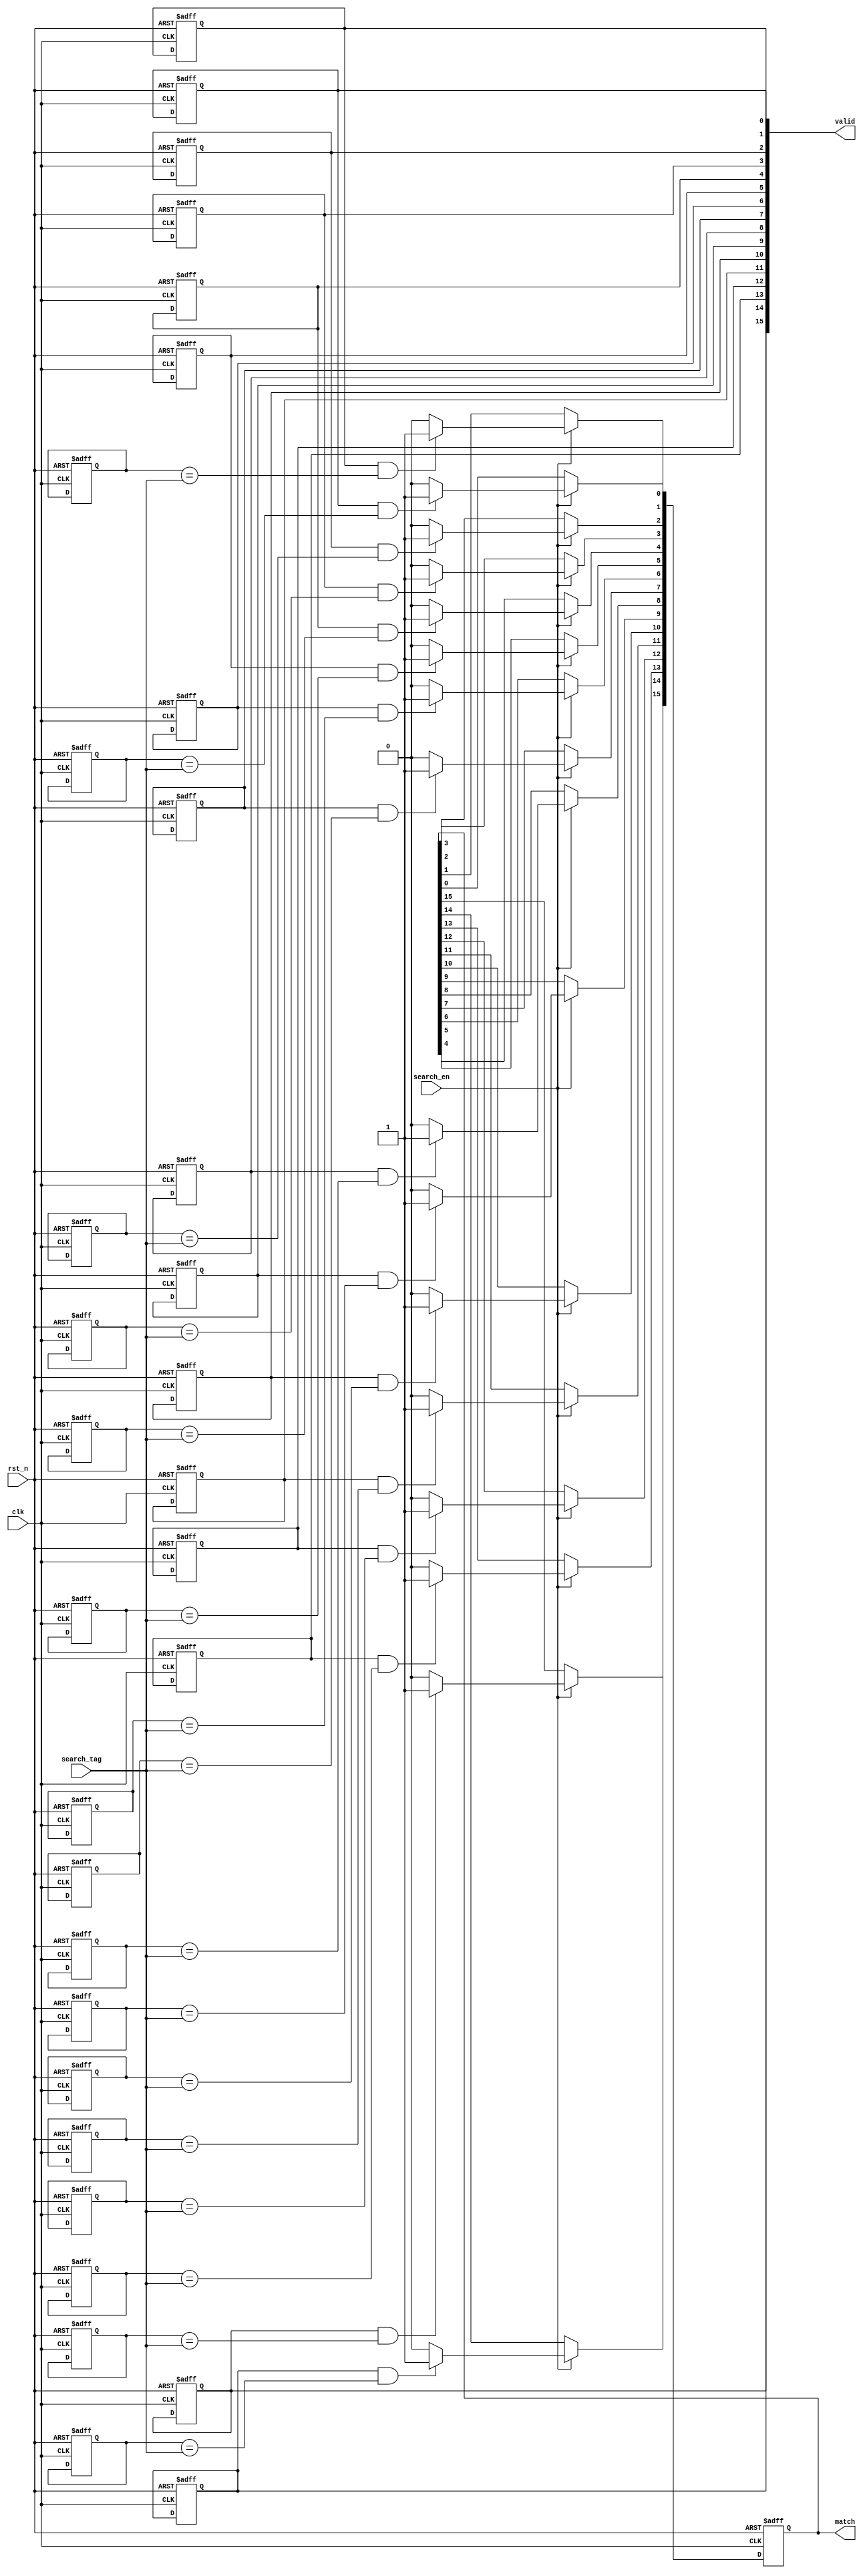
module EnergyEfficientCAM #(
    parameter ENTRY_WIDTH = 32,   // Width of each entry (tag)
    parameter NUM_ENTRIES = 16     // Number of entries in the CAM
) (
    input wire clk,                // Clock signal
    input wire rst_n,              // Active low reset
    input wire [ENTRY_WIDTH-1:0] search_tag, // Tag to search
    input wire search_en,          // Enable search operation
    output reg [NUM_ENTRIES-1:0] match, // Match output
    output reg [NUM_ENTRIES-1:0] valid // Valid bits output (indicates active entries)
);

    // Memory storage for tags and valid bits
    reg [ENTRY_WIDTH-1:0] cam_tags [0:NUM_ENTRIES-1]; // CAM tags
    reg valid_bits [0:NUM_ENTRIES-1];                  // Valid bits for each entry

    // Initialize CAM and valid bits
    integer i;
    always @(posedge clk or negedge rst_n) begin
        if (!rst_n) begin
            for (i = 0; i < NUM_ENTRIES; i = i + 1) begin
                cam_tags[i] <= {ENTRY_WIDTH{1'b0}}; // Initialize tags to 0
                valid_bits[i] <= 1'b0;              // Initialize valid bits to 0
            end
            match <= {NUM_ENTRIES{1'b0}}; // Clear match output
        end
        else if (search_en) begin
            match <= {NUM_ENTRIES{1'b0}}; // Clear previous matches
            for (i = 0; i < NUM_ENTRIES; i = i + 1) begin
                if (valid_bits[i] && (cam_tags[i] == search_tag)) begin
                    match[i] <= 1'b1; // Set match if tag matches
                end
            end
        end
    end

    // Write operation (for simplicity, assuming this is synchronous)
    task write_entry(input [ENTRY_WIDTH-1:0] tag, input [NUM_ENTRIES-1:0] index);
        begin
            if (index < NUM_ENTRIES) begin
                cam_tags[index] = tag; // Write tag to CAM
                valid_bits[index] = 1'b1; // Set valid bit
            end
        end
    endtask

    // Read valid bits
    always @(*) begin
        for (i = 0; i < NUM_ENTRIES; i = i + 1) begin
            valid[i] = valid_bits[i]; // Output valid bits
        end
    end

endmodule